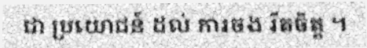
ជា ប្រយោជន៍ ដល់ ការចង រឹតចិត្ត ។